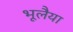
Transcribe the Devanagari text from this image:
भूलैया